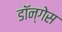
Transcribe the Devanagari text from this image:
डॉन्गेस